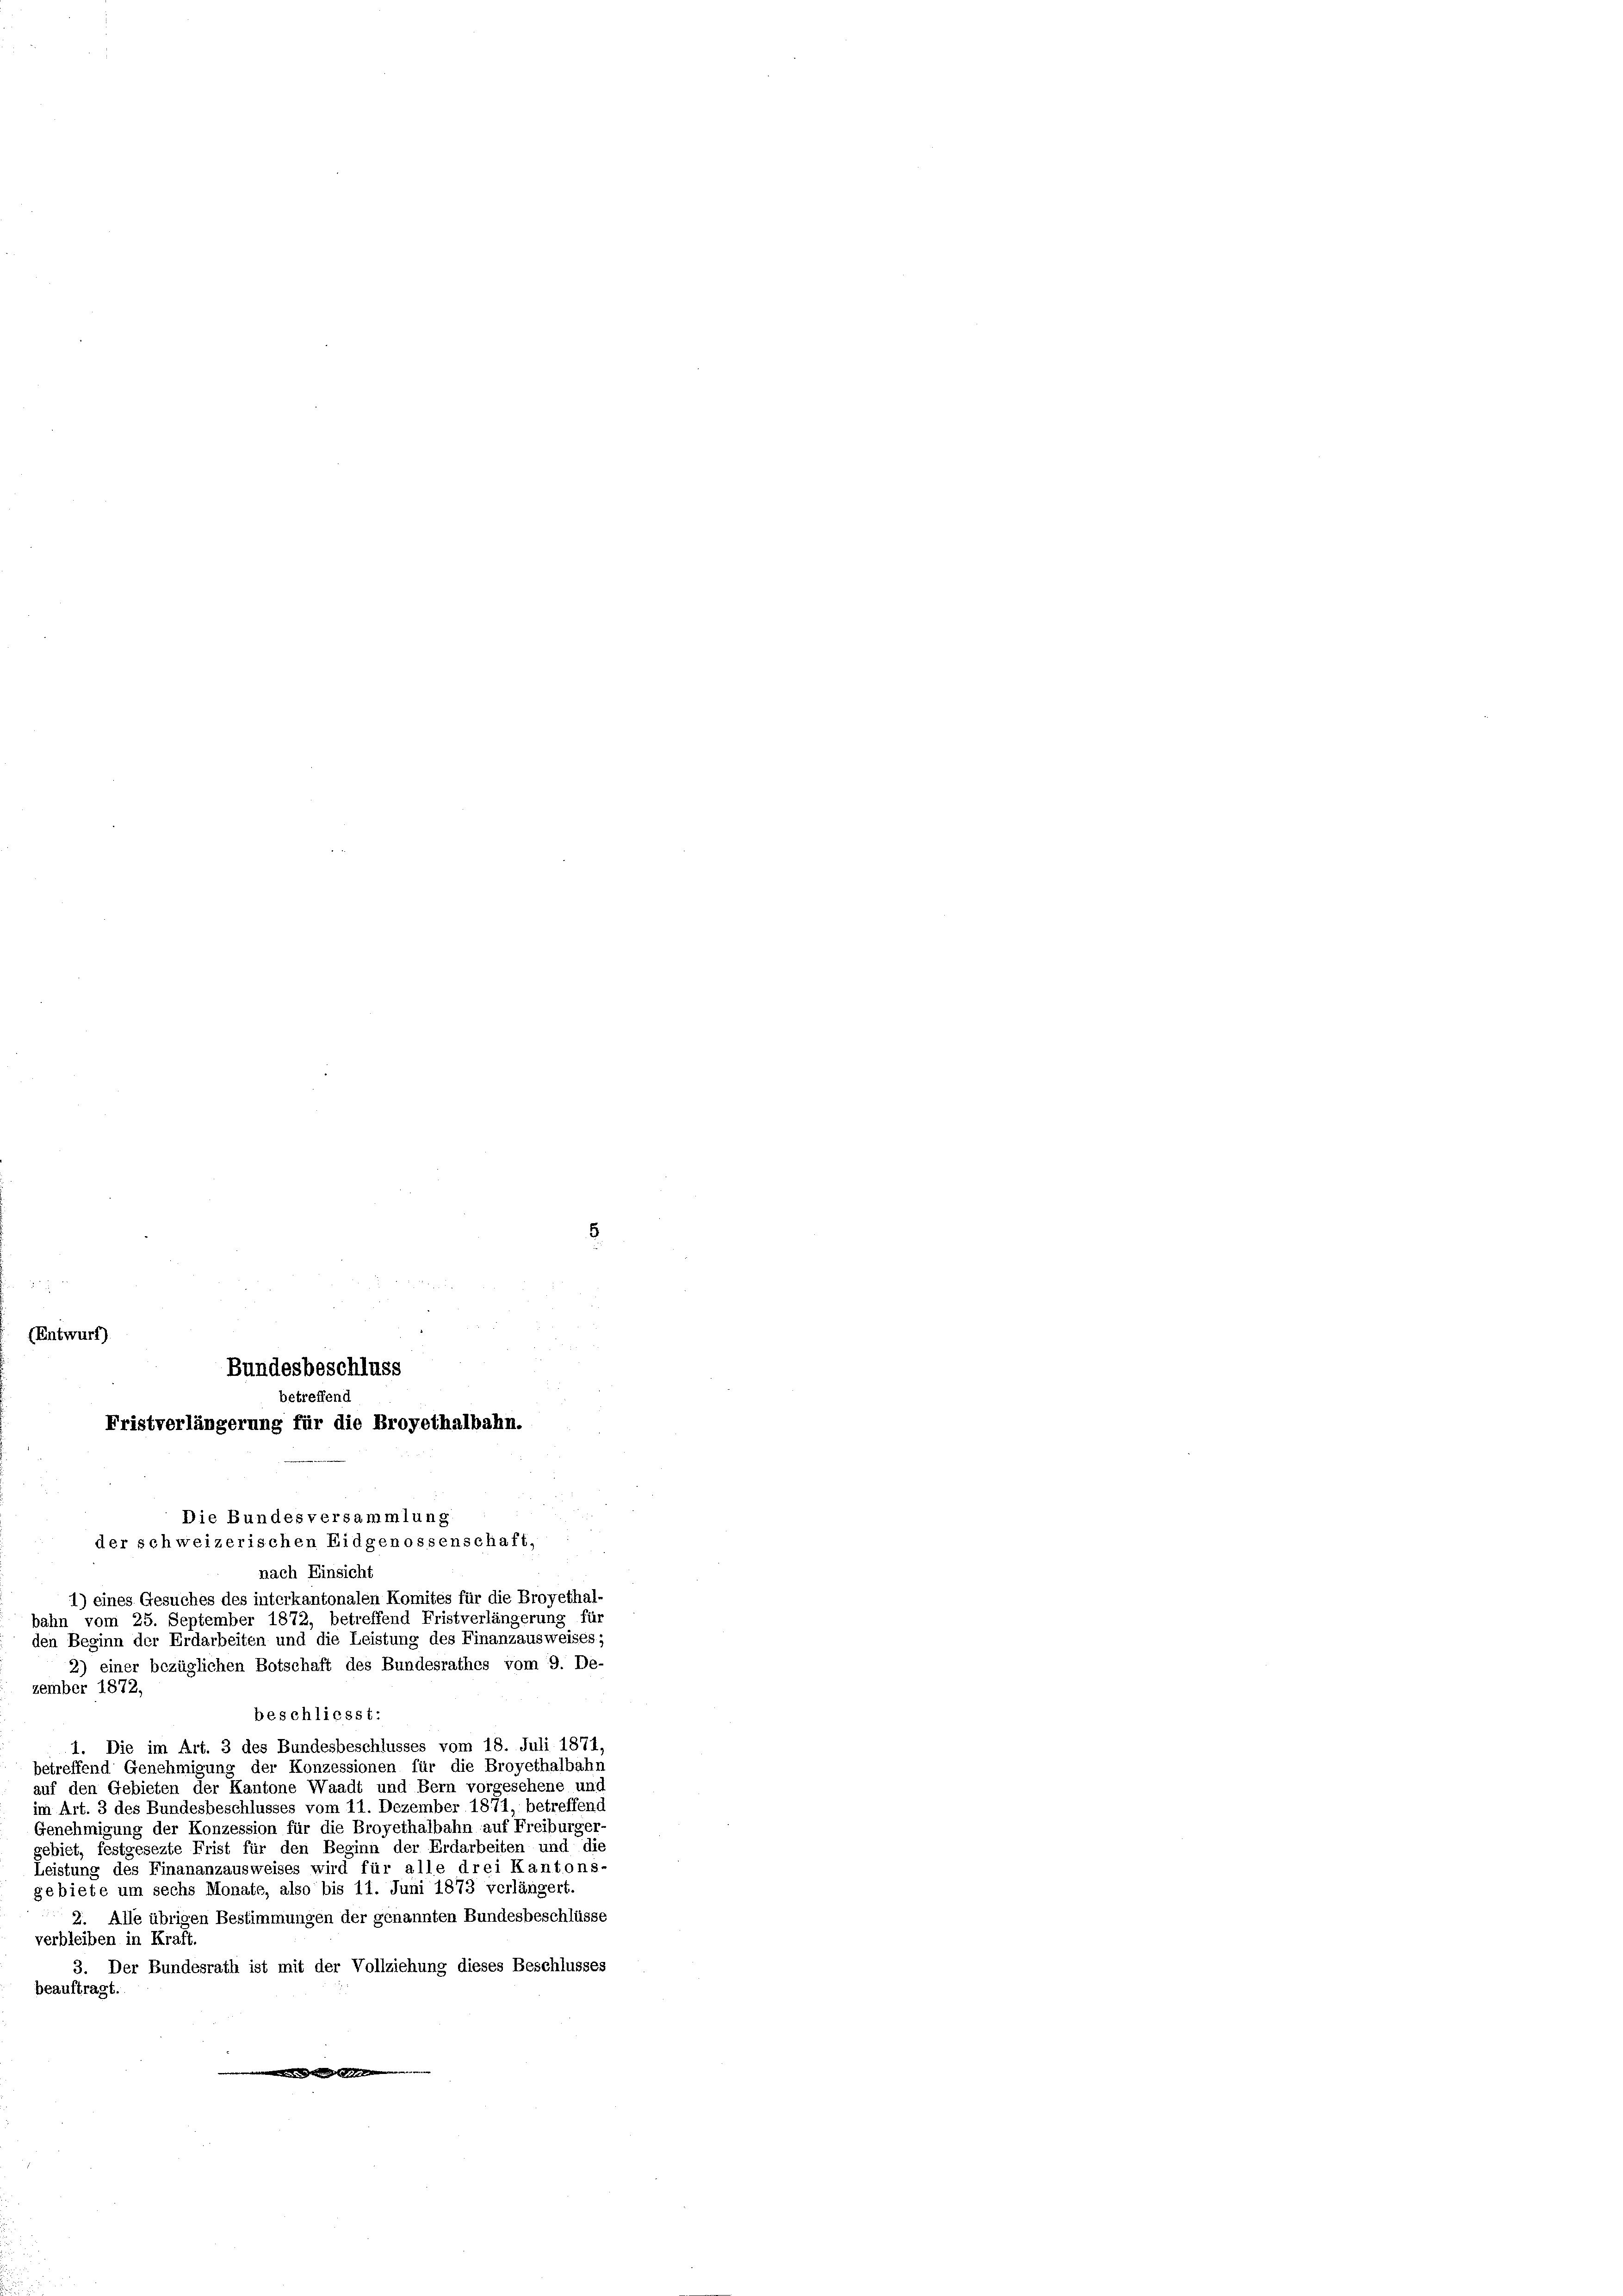
(Entwurf)

Bundesbeschluss
betreffend
Fristverlängerung für die Broyethalbahn.
Die Bundesversammlung
der schweizerischen Eidgenossenschaft,

nach Einsicht
1) eines Gesuches des interkantonalen Komités für die Broyethal-
bahn vom 25. September 1872, betreffend Fristverlängerung für
den Beginn der Erdarbeiten und die Leistung des Finanzausweises;
zember 1872,
beschliesst:
1. Die im Art. 3 des Bundesbeschlusses vom 18. Juli 1871
betreffend Genehmigung der Konzessionen für die Broyethalbahn
auf den Gebieten der Kantone Waadt und Bern vorgesehene und
im Art. 3 des Bundesbeschlusses vom 11. Dezember 1871, betreffend
Genehmigung der Konzession für die Broyethalbahn auf Freiburger-
gebiet, festgesezte Frist für den Beginn der Erdarbeiten und die
Leistung des Finananzausweises wird für alle drei Kantons-
gebiete um sechs Monate, also bis 11. Juni 1873 verlängert.
2. Alle übrigen Bestimmungen der genannten Bundesbeschlüsse
verbleiben in Kraft
3. Der Bundesrath ist mit der Vollziehung dieses Beschlusses
beauftragt.
.

2) einer bezüglichen Botschaft des Bundesrathes vom 9. De-